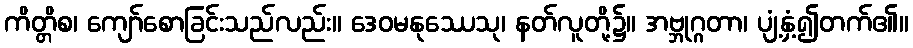
ကိတ္တိစ၊ ကျော်စောခြင်းသည်လည်း။ ဒေဝမနုဿေသု၊ နတ်လူတို့၌။ အဗ္ဘုဂ္ဂတာ၊ ပျံ့နှံ့၍တက်၏။